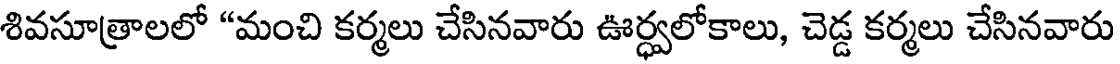
శివసూత్రాలలో "మంచి కర్మలు చేసినవారు ఊర్ధ్వలోకాలు, చెడ్డ కర్మలు చేసినవారు